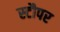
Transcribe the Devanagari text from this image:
स्टौपर